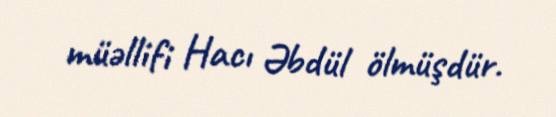
müəllifi Hacı Əbdül ölmüşdür.